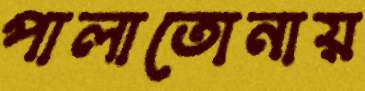
পালাতোনায়